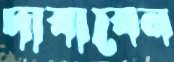
দাবাবেন